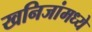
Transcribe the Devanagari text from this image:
खनिजांमध्ये